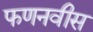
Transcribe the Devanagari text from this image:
फणनवीस